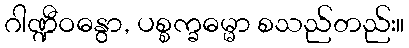
ဂါဏ္ဍီဝဓနွာ, ပစ္စက္ခဓမ္မာ စသည်တည်း။